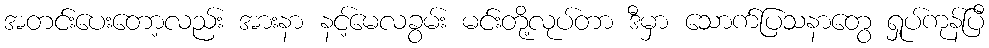
အတင်းပေးတော့လည်း အားနာ နင့်မေလခွမ်း မင်းတို့လုပ်တာ ဒီမှာ သောက်ပြသနာတွေ ရှုပ်ကုန်ပြီ